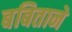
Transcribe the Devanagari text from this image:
बबिताने